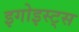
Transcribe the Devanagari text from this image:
इगोइस्ट्स